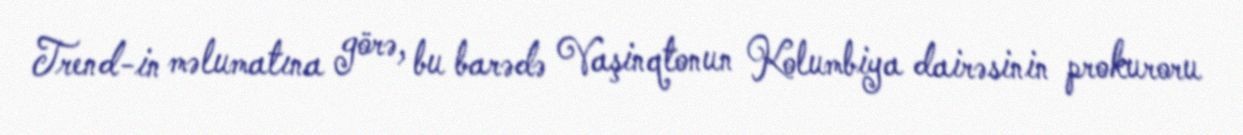
Trend-in məlumatına görə, bu barədə Vaşinqtonun Kolumbiya dairəsinin prokuroru